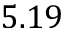
5 . 1 9